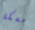
مسكة